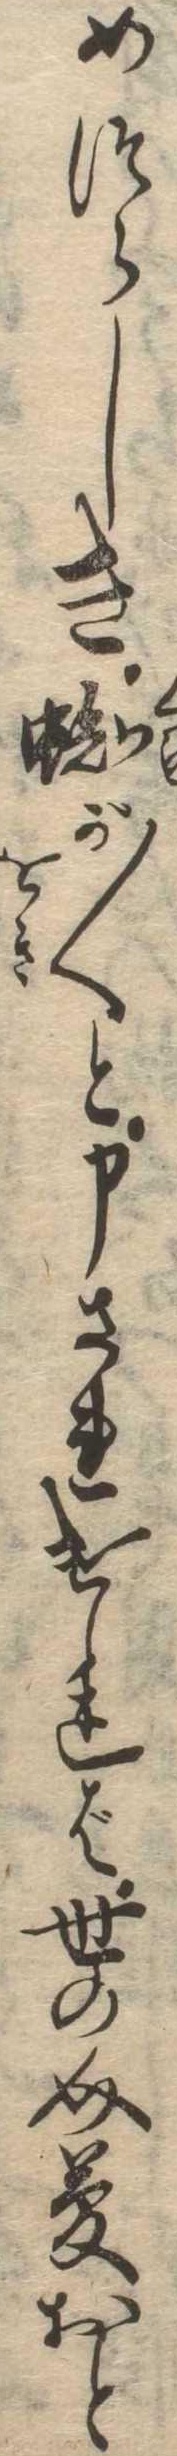
めつらしき蜘が〱と申されければ世の介夢おと